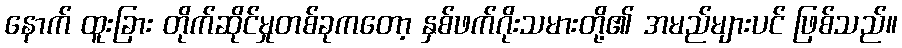
နောက် ထူးခြား တိုက်ဆိုင်မှုတစ်ခုကတော့ နှစ်ဖက်ဂိုးသမားတို့၏ အမည်များပင် ဖြစ်သည်။